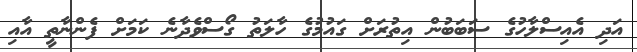
އަދި އެއިސްލާހުގެ ސަބަބުން އިތުރަށް ގައުމުގެ ހާލަތު ގޯސްވެދާނެ ކަމަށް ފެންނާތީ އާއި